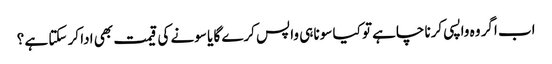
اب اگر وہ واپسی کرنا چاہے تو کیا سونا ہی واپس کرے گا یا سونے کی قیمت بھی ادا کر سکتا ہے ؟